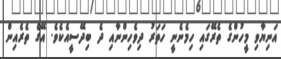
އަނިޔާވި މީހުންގެ ތެރޭގައި ހިމެނެނީ ހަތަރު ދިވެހިންނާއި ދެ ބިދޭސީއެކެވެ. އޭގެ ތެރެއިން